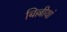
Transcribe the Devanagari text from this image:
बिल्लीयां